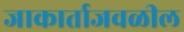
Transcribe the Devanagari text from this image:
जाकार्ताजवळील